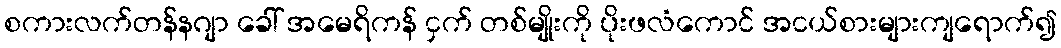
စကားလက်တန်နဂျာ ခေါ် အမေရိကန် ငှက် တစ်မျိုးကို ပိုးဖလံကောင် အငယ်စားများကျရောက်၍